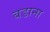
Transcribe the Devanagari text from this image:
बडाना